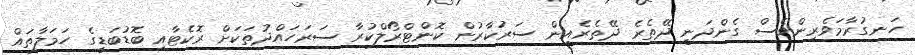
ހަނގުރާމަވެރިންވެސް ގެންދަނީ ދޭތެރެ ދޭތެރެއިން ސަރުކާރުން ކޮންޓްރޯލްކުރާ ސަރަހައްދުތަކަށް ރޮކެޓާއި ބޮޑުބަޑީގެ ހަމަލާތައް